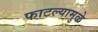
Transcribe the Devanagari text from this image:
फाटल्यामुळे